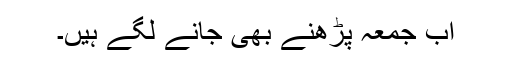
اب جمعہ پڑھنے بھی جانے لگے ہیں۔